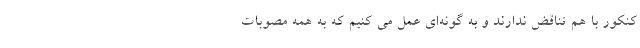
کنکور با هم تناقض ندارند و به گونه‌ای عمل می کنیم که به همه مصوبات